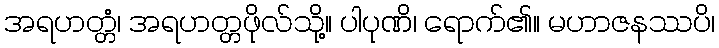
အရဟတ္တံ၊ အရဟတ္တဖိုလ်သို့။ ပါပုဏိ၊ ရောက်၏။ မဟာဇနဿပိ၊